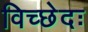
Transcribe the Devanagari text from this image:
विच्छेदः